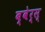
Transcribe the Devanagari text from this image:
ब्वेर्स्